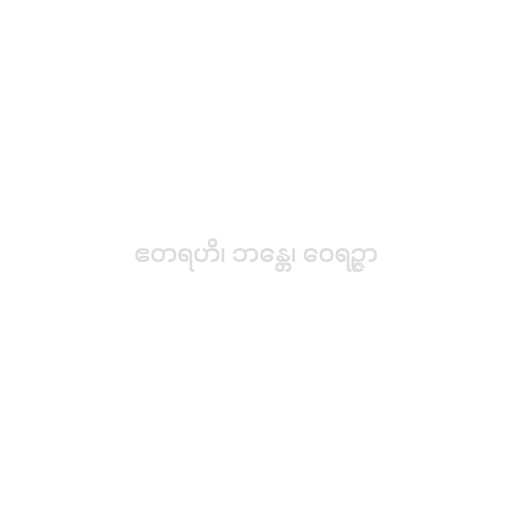
ဧတရဟိ၊ ဘန္တေ၊ ဝေရဉ္ဇာ